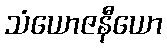
သံယောဇနီယော